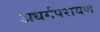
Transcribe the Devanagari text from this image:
अधर्मपरायण